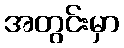
အတွင်းမှာ